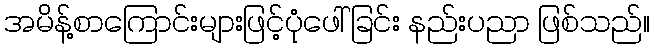
အမိန့်စာကြောင်းများဖြင့်ပုံဖေါ်ခြင်း နည်းပညာ ဖြစ်သည်။